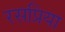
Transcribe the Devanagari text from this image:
रसप्रिया